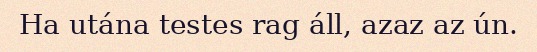
Ha utána testes rag áll, azaz az ún.